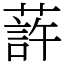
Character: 䔓